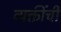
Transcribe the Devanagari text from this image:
व्यक्तींचीं